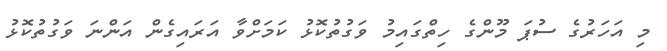
މި އަހަރުގެ ސުޕަ މޫންގެ ހިތްގައިމު ވަގުތުކޮޅު ކަމަށްވާ އަރައިގެން އަންނަ ވަގުތުކޮޅު